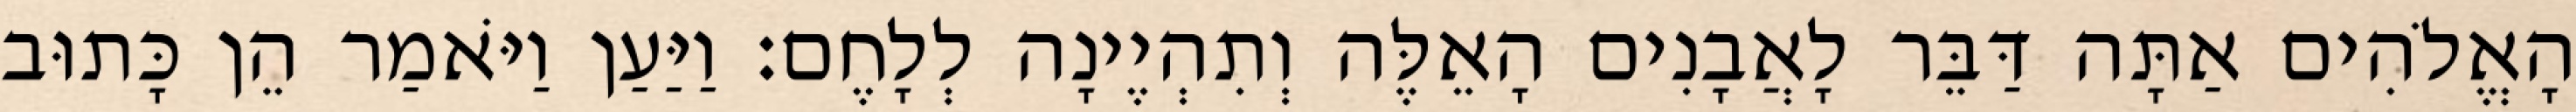
הָאֱלֹהִים אַתָּה דַּבֵּר לָאֲבָנִים הָאֵלֶּה וְתִהְיֶינָה לְלָחֶם׃ וַיַּעַן וַיֹּאמַר הֵן כָּתוּב